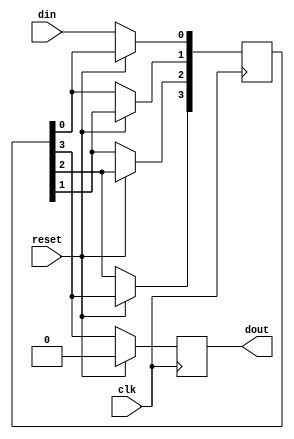
module siso ( din ,clk ,reset ,dout );

output dout ;
reg dout ;

input din ;
input clk ;
input reset ;
 
reg [3:0]s;

always @ (posedge clk) begin 
 if (reset)
  dout <= 0;
 else begin
  s[0] <= din ;
  s[1] <= s[0] ;
  s[2] <= s[1] ;
   s[3] <= s[2] ;
  dout <= s[3]; 
 end
end
endmodule